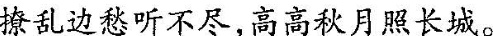
撩乱边愁听不尽，高高秋月照长城。